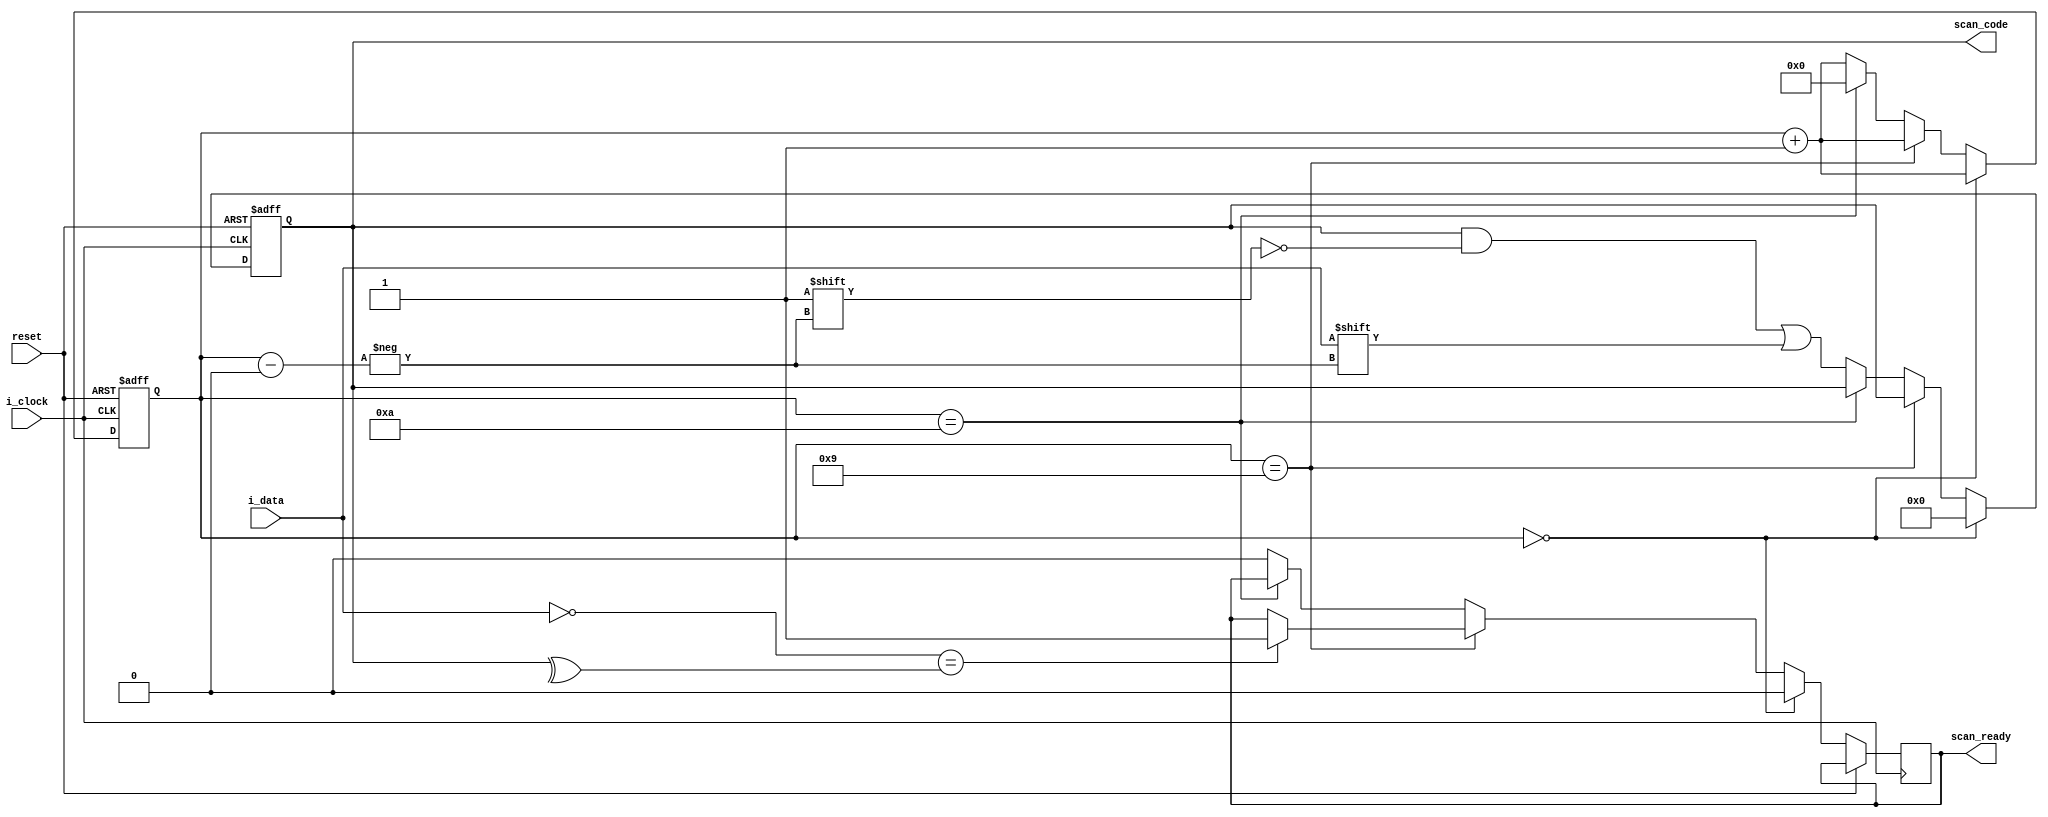
module ps2controller (
    input reset,
    input i_clock,
    input i_data,
    output scan_ready,
    output [7:0] scan_code
);
    reg [7:0] r_scan_code;
    reg [3:0] counter;
    reg ready;
    assign scan_code = r_scan_code;
    assign scan_ready = ready;
    always @(negedge i_clock or posedge reset) begin
        if (reset) begin 
            r_scan_code = 8'b0;
            counter = 4'd0;
        end else begin
            if (counter == 4'd0) begin
                ready = 1'b0;
                r_scan_code = 8'b0;
                counter = counter + 4'd1;
            end else if (counter == 4'd9) begin
                if (!i_data == ^r_scan_code) begin 
                    ready = 1'b1;
                end
                counter = counter + 4'd1;
            end else if (counter == 4'd10) begin
                counter = 4'd0;
            end else begin
                r_scan_code[counter] = i_data;
                counter = counter + 4'd1;
                ready = 1'b0;  
            end
        end
    end
endmodule